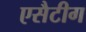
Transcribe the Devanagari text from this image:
एसैटीग